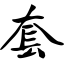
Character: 套